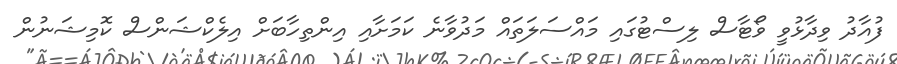
ފުއާދު ވިދާޅުވީ ވޯޓާސް ލިސްޓުގައި މައްސަލަތައް މަދުވާނެ ކަމަށާއި އިންތިހާބަށް އިލެކްޝަންސް ކޮމިޝަނުން